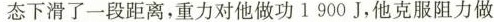
态下滑了一段距离，重力对他做功1900J，他克服阻力做